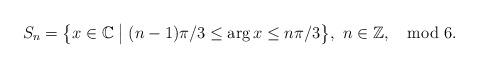
LaTeX: \begin{align*}S_n=\bigl\{x\in\mathbb C \bigm| (n-1)\pi/3\leq\arg{x}\le n\pi/3\bigr\},\ n\in\mathbb Z, \mod{6}.\end{align*}